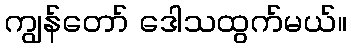
ကျွန်တော် ဒေါသထွက်မယ်။